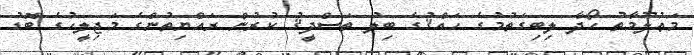
މަޢުލޫމާތު ހޯދާ ލިބިގަތުމުގެ ޙައްޤުގެ ބިލު ތަސްދީޤު ކުރުން ރައްޔިތުންގެ މަޖިލީހުގެ ބޮޑު